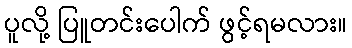
ပူလို့ ပြူတင်းပေါက် ဖွင့်ရမလား။